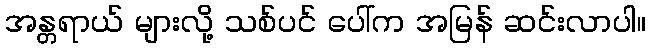
အန္တရာယ် များလို့ သစ်ပင် ပေါ်က အမြန် ဆင်းလာပါ။